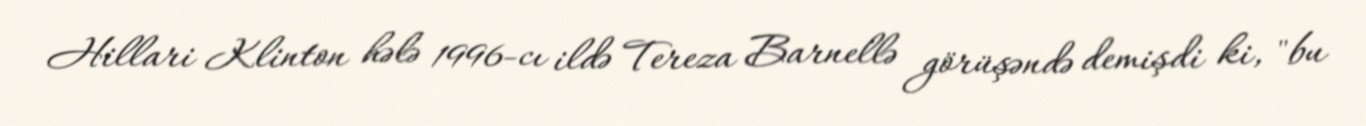
Hillari Klinton hələ 1996-cı ildə Tereza Barnellə görüşəndə demişdi ki, "bu